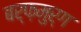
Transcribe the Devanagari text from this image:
बर्फ़मुर्ग